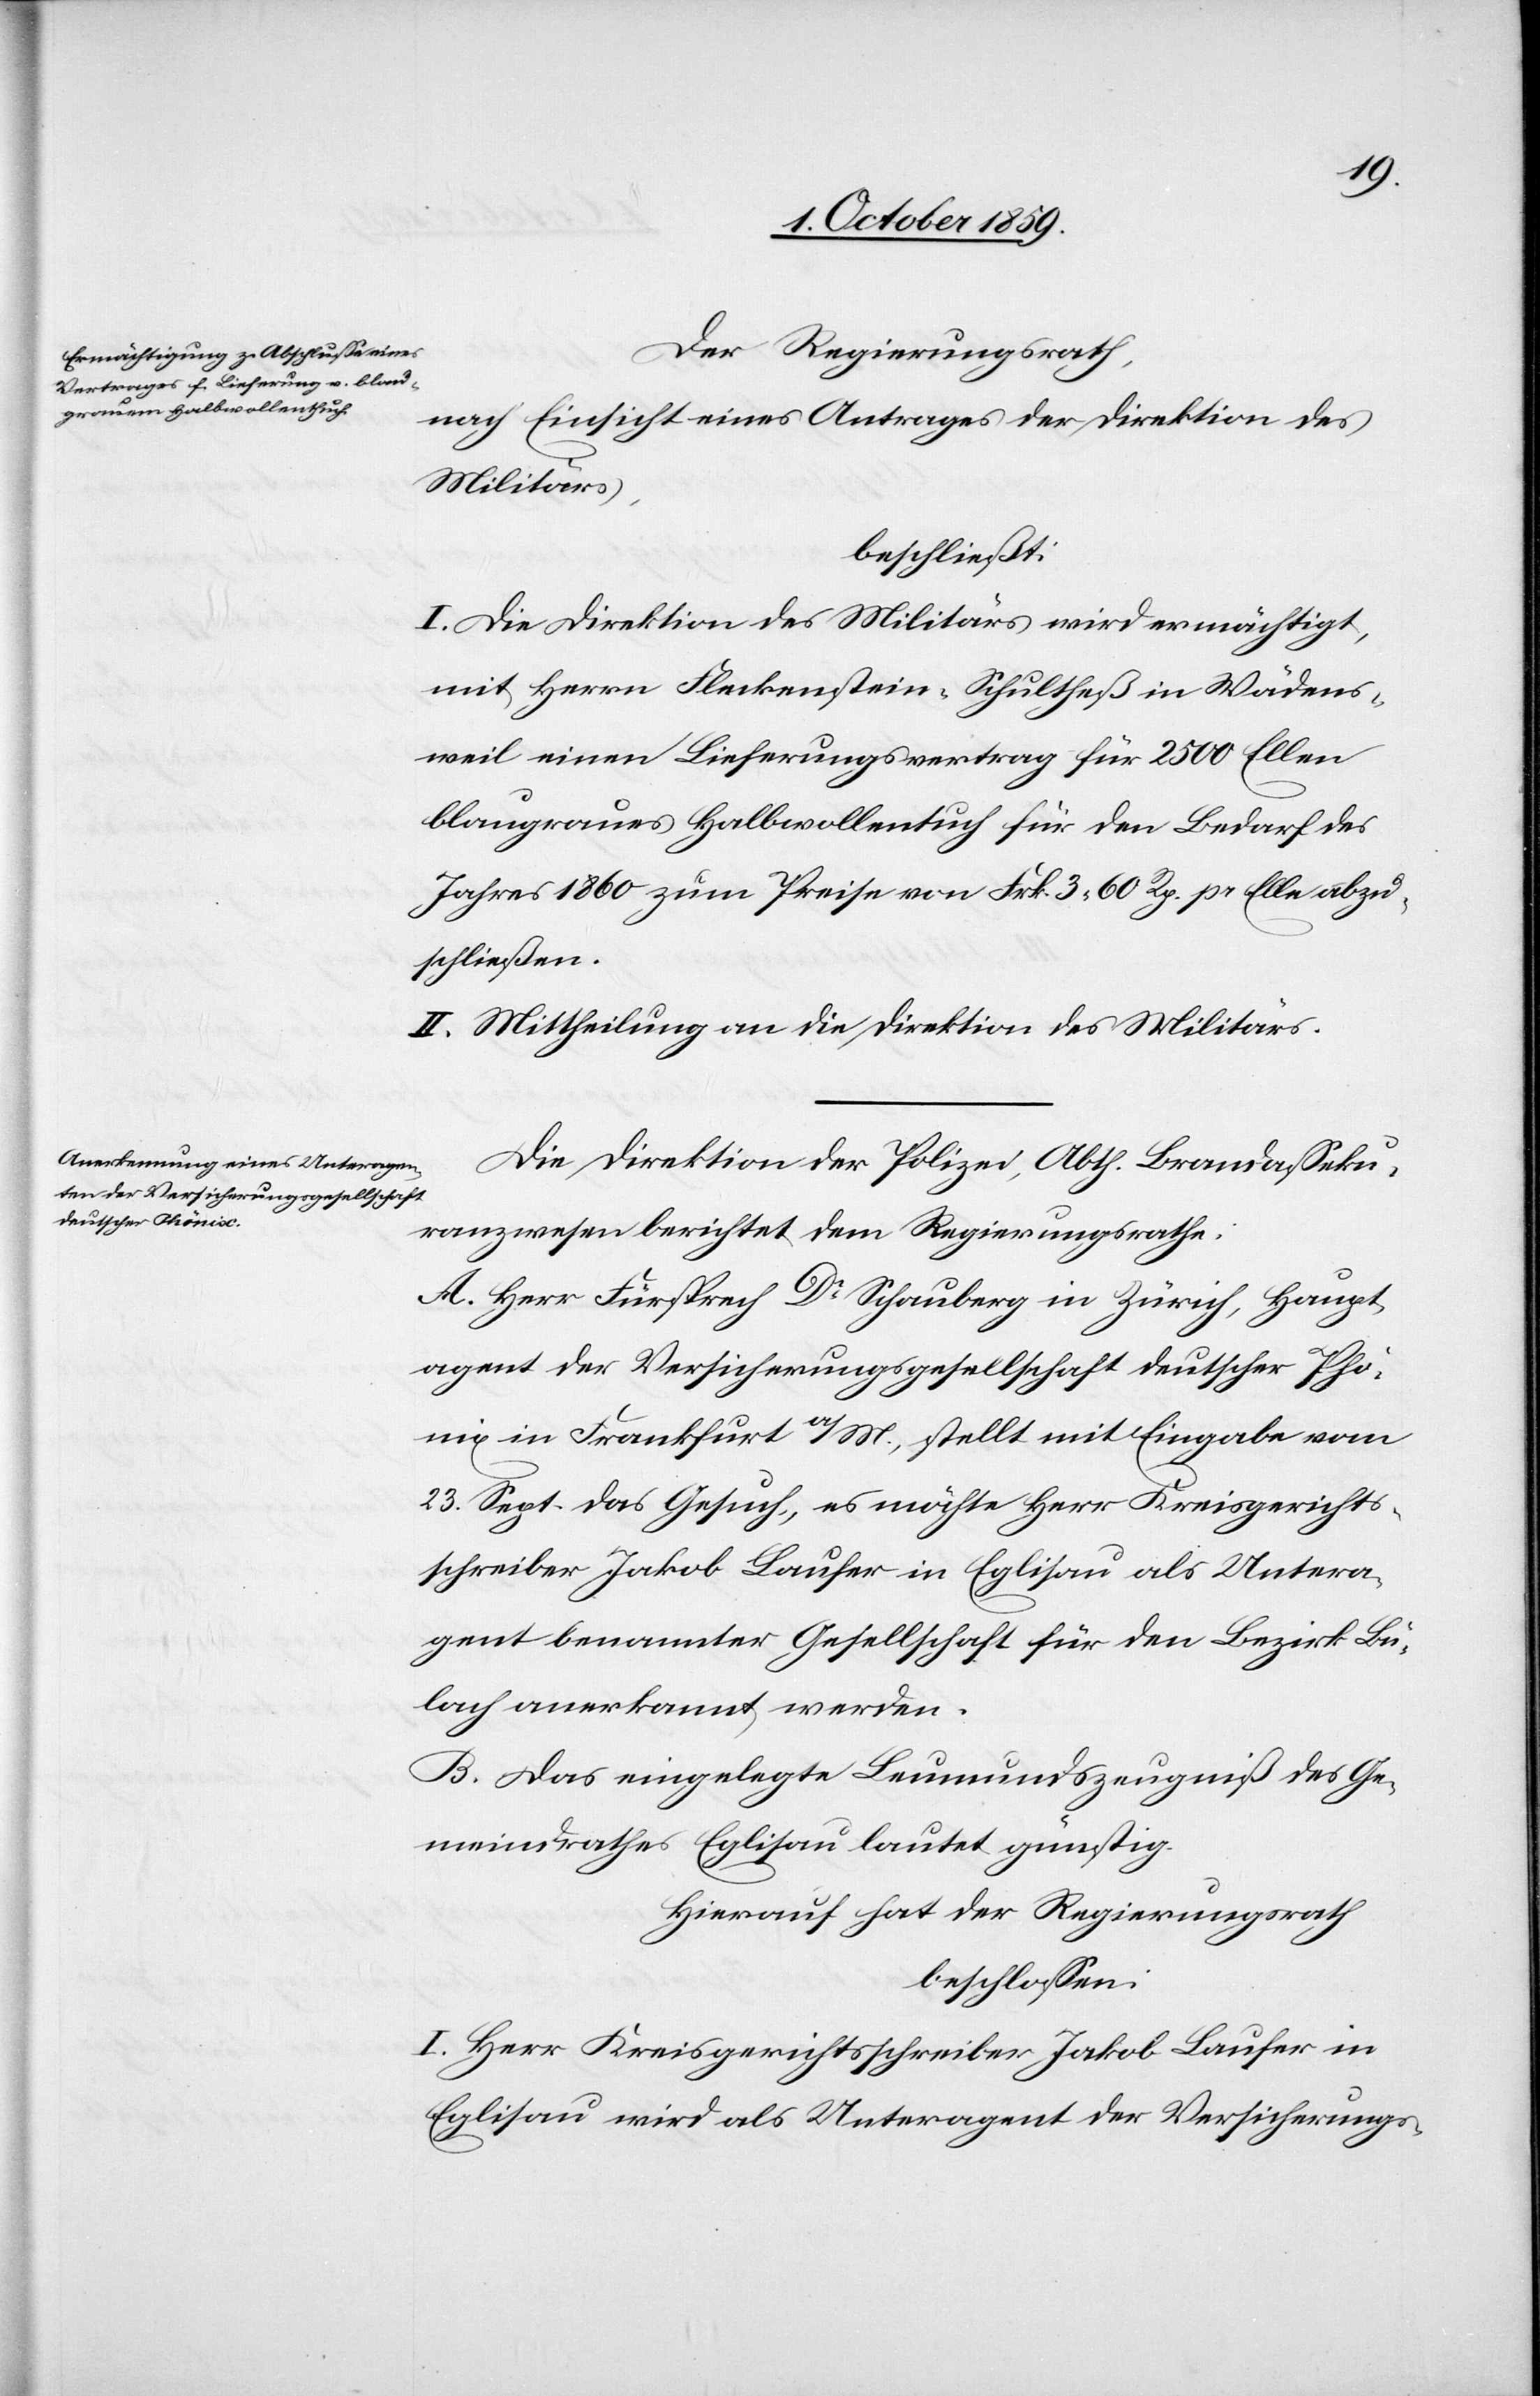
Der Regierungsrath,
nach Einsicht eines Antrages der Direktion des
Militärs,
beschließt:
I. Die Direktion des Militärs wird ermächtigt,
mit Herrn Fleckenstein-Schultheß in Wädens¬
weil einen Lieferungsvertrag für 2500 Ellen
blaugraues Halbwollentuch für den Bedarf des
Jahres 1860 zum Preise von Frk. 3 60 Rp. pr Elle abzu¬
schließen.
II. Mittheilung an die Direktion des Militärs.
Die Direktion der Polizei, Abth. Brandasseku¬
ranzwesen berichtet dem Regierungsrathe:
A. Herr Fürsprech Dr Schauberg in Zürich, Haupt¬
agent der Versicherungsgesellschaft deutscher Phö¬
nix in Frankfurt a/M., stellt mit Eingabe vom
23. Sept. das Gesuch, es möchte Herr Kreisgerichts¬
schreiber Jakob Laufer in Eglisau als Untera¬
gent benannter Gesellschaft für den Bezirk Bü¬
lach anerkannt werden.
B. Das eingelegte Leumundszeugniß des Ge¬
meindrathes Eglisau lautet günstig.
Hierauf hat der Regierungsrath
beschlossen:
I. Herr Kreisgerichtsschreiber Jakob Laufer in
Eglisau wird als Unteragent der Versicherungs-